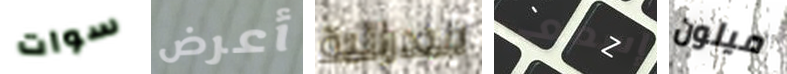
سوات أعرض فيدرالية إسمعى ميلون